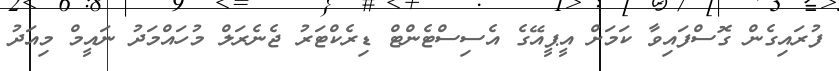
ފުރައިގެން ގޮސްފައިވާ ކަމަށް އީޕީއޭގެ އެސިސްޓެންޓް ޑިރެކްޓަރު ޖެނެރަލް މުހައްމަދު ނައީމް މިއަދު